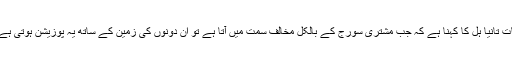
میلبرن یونیورسٹی کی ماہر فلکیات تانیا ہل کا کہنا ہے کہ جب مشتری سورج کے بالکل مخالف سمت میں آتا ہے تو ان دونوں کی زمین کے ساتھ یہ پوزیشن ہوتی ہے کہ تینوں سیدھ میں آ جاتے ہیں۔